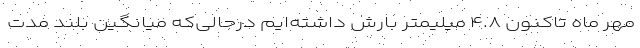
مهر ماه تاکنون ۴.۸ میلیمتر بارش داشته‌ایم درحالی‌که میانگین بلند مدت